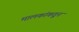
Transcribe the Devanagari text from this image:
मालकांकडून